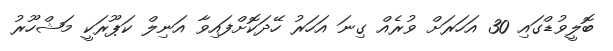
ބޮލީވުޑްގައި 30 އަހަރަށް ވުރެއް ގިނަ އަހަރު ހޭދަކޮށްފައިވާ އަނިލް ކަޕޫރަކީ މަޝްހޫރު